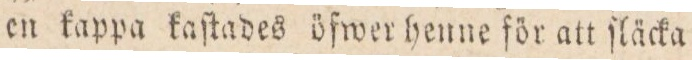
en kappa kaſtades öfwer henne för att ſläcka